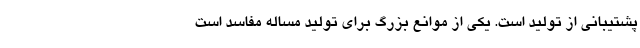
پشتیبانی از تولید است. یکی از موانع بزرگ برای تولید مساله مفاسد است